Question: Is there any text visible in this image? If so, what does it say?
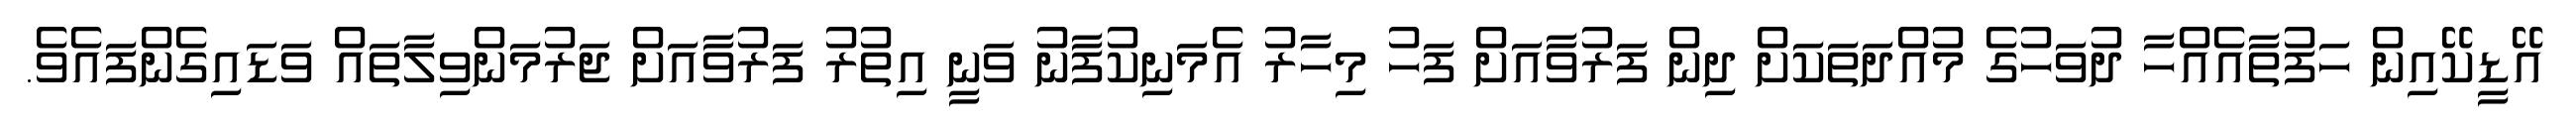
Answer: އޭޑީކޭއިން ހަފުތާއެއްހާ ދުވަހުގެ މުއްދަތަކަށް ދިން ފަރުވާއަށް ފަހު މިހާރު އެމަނިކުފާނު ވަނީ އިތުރު ފަރުވާއަށް ޖަރުމަންވިލާތައް ވަޑައިގެންފައެވެ.